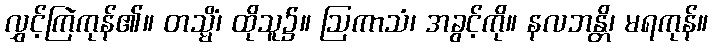
လွှင့်ကြဲကုန်၏။ တသ္မိံ၊ ထိုသူ၌။ ဩကာသံ၊ အခွင့်ကို။ နလဘန္တိ၊ မရကုန်။